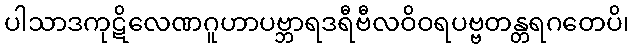
ပါသာဒကုဋိလေဏဂူဟာပဗ္ဘာရဒရီဗီလဝိဝရပဗ္ဗတန္တရဂတေပိ၊